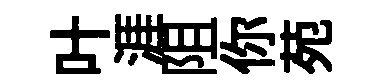
叶涯阻你苑